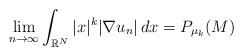
LaTeX: \begin{align*}\lim_{n\to \infty } \int_{\mathbb{R} ^N } |x| ^k |\nabla u_n | \, dx = P_{\mu _k } (M) \end{align*}